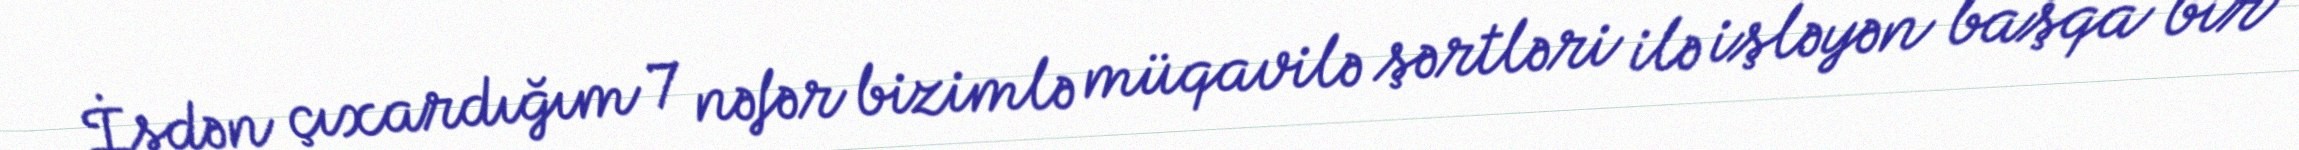
İşdən çıxardığım 7 nəfər bizimlə müqavilə şərtləri ilə işləyən başqa bir